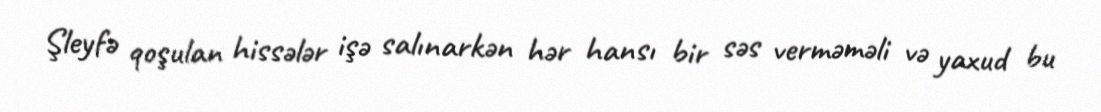
Şleyfə qoşulan hissələr işə salınarkən hər hansı bir səs verməməli və yaxud bu